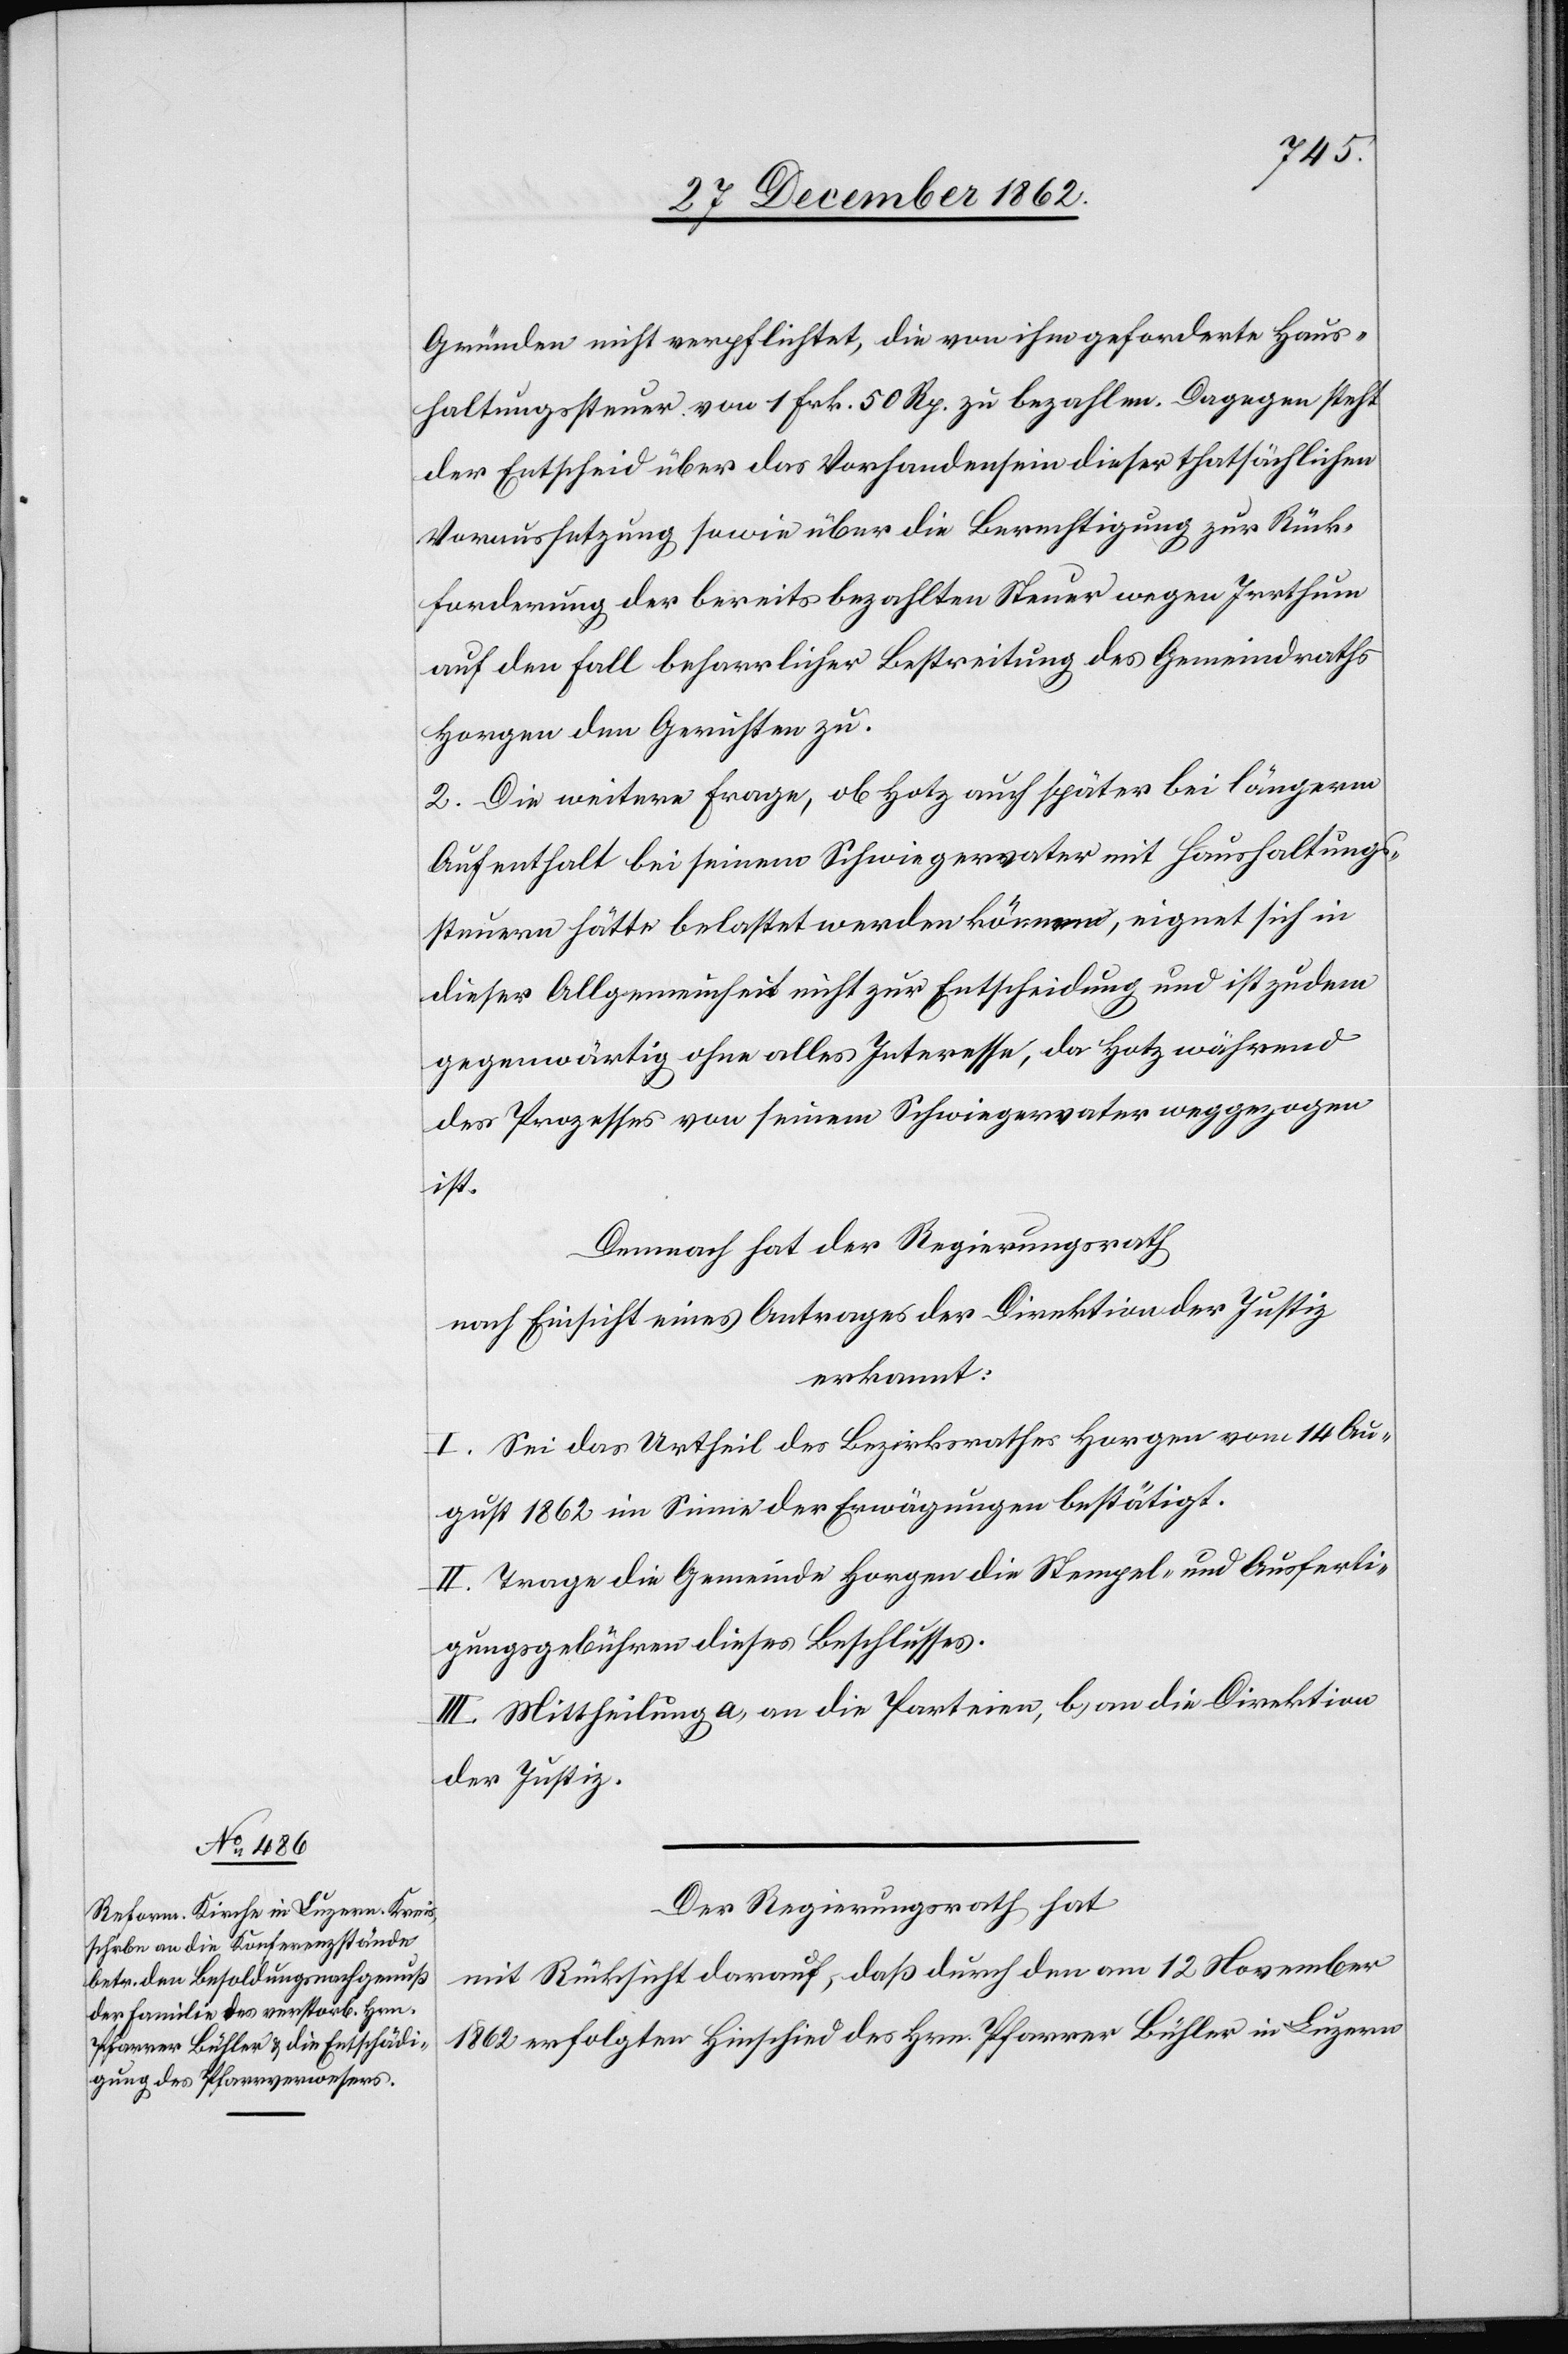
Gründen nicht verpflichtet, die von ihm geforderte Haus¬
haltungssteuer von 1 Frk. 50 Rp. zu bezahlen. Dagegen steht
der Entscheid über das Vorhandensein dieser thatsächlichen
Voraussetzung sowie über die Berechtigung zur Rück¬
forderung der bereits bezahlten Steuer wegen Irrthum
auf den Fall beharrlicher Bestreitung des Gemeindraths
Horgen dem Gerüchten zu.
2. Die weitere Frage, ob Hotz auch später bei längerm
Aufenthalt bei seinem Schwiegervater mit Haushaltungs¬
steuern hätte belastet werden könne, eignet sich in
dieser Allgemeinheit nicht zur Entscheidung und ist zudem
gegenwärtig ohne alles Interesse, da Hotz während
des Prozesses von seinem Schwiegervater weggezogen
ist.
Demnach hat der Regierungsrath
nach Einsicht eines Antrages der Direktion der Justiz
erkannt:
I. Sei das Urtheil des Bezirksrathes Horgen vom 14. Au¬
gust 1862 im Sinne der Erwägungen bestätigt.
II. Trage die Gemeinde Horgen die Stempel- und Ausferti¬
gungsgebühren dieses Beschlusses.
III. Mittheilung a. an die Parteien, b. an die Direktion
der Justiz.
Der Regierungsrath hat
nach Rücksicht darauf, daß durch den am 12. November
1862 erfolgten Hinschied des Hrn. Pfarrer Bühler in Luzern